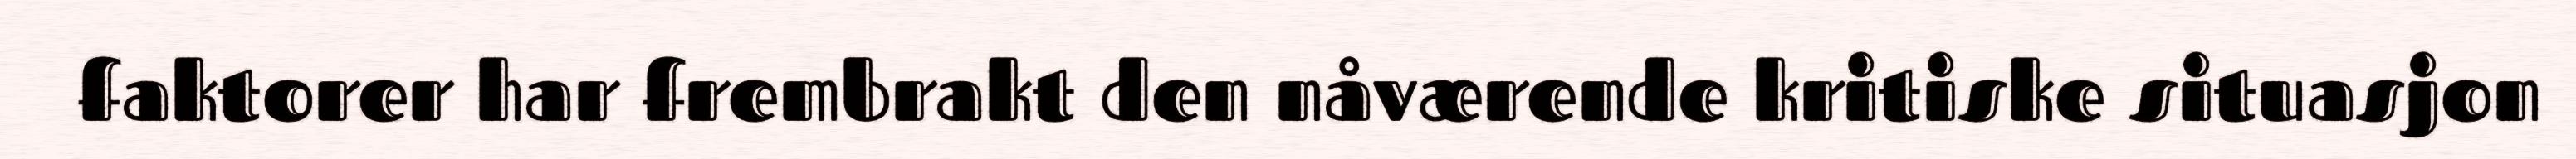
faktorer har frembrakt den nåværende kritiske situasjon